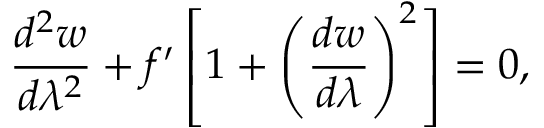
\frac { d ^ { 2 } w } { d \lambda ^ { 2 } } + f ^ { \prime } \left[ 1 + \left( \frac { d w } { d \lambda } \right) ^ { 2 } \right] = 0 ,